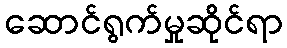
ဆောင်ရွက်မှုဆိုင်ရာ